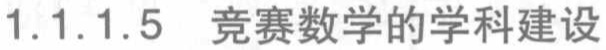
1.1.1.5 竞赛数学的学科建设